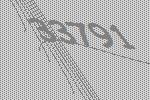
33791